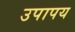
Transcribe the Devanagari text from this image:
उपापय